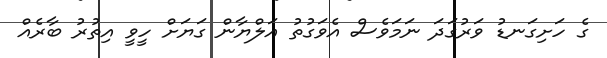
ގެ ހަށިގަނޑު ވަރުގަދަ ނަމަވެސް އެވަގުތު އަލްޔާން ގަޔަށް ހީވީ އިތުރު ބާރެއް